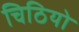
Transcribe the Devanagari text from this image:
चिठियो